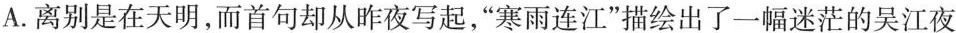
A.离别是在天明，而首句却从昨夜写起，”寒雨连江”描绘出了一幅迷茫的吴江夜